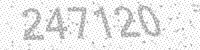
Solution: 247120